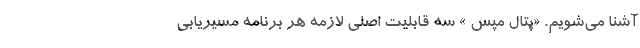
آشنا می‌شویم. «پتال مپس » سه قابلیت اصلی لازمه هر برنامه مسیریابی